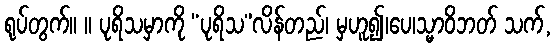
ရုပ်တွက်။ ။ ပုရိသမှာကို “ပုရိသ”လိန်တည်၊ မှဟူ၍၊ပေ၊သ္မာဝိဘတ် သက်,